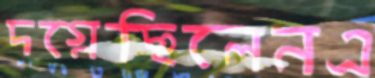
দগ্ধেছিলেনএ